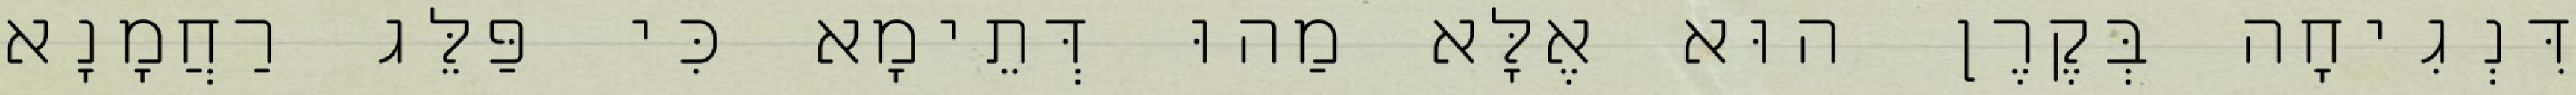
דִּנְגִיחָה בְּקֶרֶן הוּא אֶלָּא מַהוּ דְּתֵימָא כִּי פַּלֵּג רַחֲמָנָא